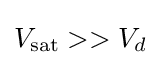
V_{\text{sat}}>>V_{d}